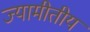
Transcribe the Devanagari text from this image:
ज्यामीतीय